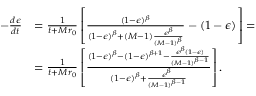
\begin{array} { r l } { - \frac { d \epsilon } { d t } } & { = \frac { 1 } { t + M r _ { 0 } } \left[ \frac { ( 1 - \epsilon ) ^ { \beta } } { ( 1 - \epsilon ) ^ { \beta } + ( M - 1 ) \frac { \epsilon ^ { \beta } } { ( M - 1 ) ^ { \beta } } } - ( 1 - \epsilon ) \right] = } \\ & { = \frac { 1 } { t + M r _ { 0 } } \left[ \frac { ( 1 - \epsilon ) ^ { \beta } - ( 1 - \epsilon ) ^ { \beta + 1 } - \frac { \epsilon ^ { \beta } ( 1 - \epsilon ) } { ( M - 1 ) ^ { \beta - 1 } } } { ( 1 - \epsilon ) ^ { \beta } + \frac { \epsilon ^ { \beta } } { ( M - 1 ) ^ { \beta - 1 } } } \right] . } \end{array}